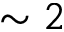
\sim 2